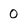
Character: 0